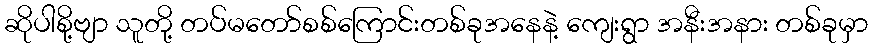
ဆိုပါစို့ဗျာ သူတို့ တပ်မတော်စစ်ကြောင်းတစ်ခုအနေနဲ့ ကျေးရွာ အနီးအနား တစ်ခုမှာ